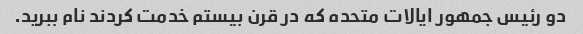
دو رئیس جمهور ایالات متحده که در قرن بیستم خدمت کردند نام ببرید.